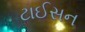
ટાઈસન